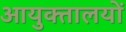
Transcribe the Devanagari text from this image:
आयुक्‍तालयों